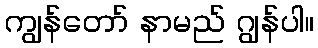
ကျွန်တော် နာမည် ဂျွန်ပါ။